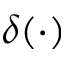
\delta ( \cdot )